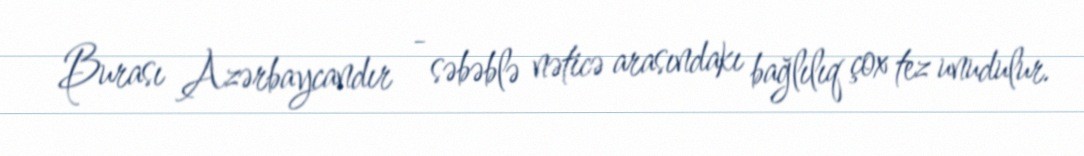
Burası Azərbaycandır - səbəblə nəticə arasındakı bağlılıq çox tez unudulur.